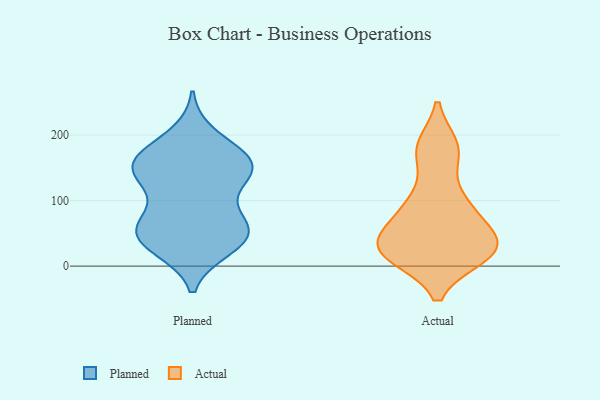
{"axis": {"x": "Inventory Turnover", "y": "Value"}, "legend": ["Actual", "Planned"], "data": [{"x": "", "y": 57, "type": "Planned"}, {"x": "", "y": 34, "type": "Planned"}, {"x": "", "y": 158, "type": "Planned"}, {"x": "", "y": 167, "type": "Planned"}, {"x": "", "y": 166, "type": "Planned"}, {"x": "", "y": 127, "type": "Planned"}, {"x": "", "y": 41, "type": "Planned"}, {"x": "", "y": 70, "type": "Planned"}, {"x": "", "y": 142, "type": "Planned"}, {"x": "", "y": 158, "type": "Planned"}, {"x": "", "y": 140, "type": "Planned"}, {"x": "", "y": 144, "type": "Planned"}, {"x": "", "y": 71, "type": "Planned"}, {"x": "", "y": 29, "type": "Planned"}, {"x": "", "y": 45, "type": "Planned"}, {"x": "", "y": 198, "type": "Planned"}, {"x": "", "y": 57, "type": "Planned"}, {"x": "", "y": 174, "type": "Actual"}, {"x": "", "y": 28, "type": "Actual"}, {"x": "", "y": 16, "type": "Actual"}, {"x": "", "y": 59, "type": "Actual"}, {"x": "", "y": 91, "type": "Actual"}, {"x": "", "y": 33, "type": "Actual"}, {"x": "", "y": 29, "type": "Actual"}, {"x": "", "y": 182, "type": "Actual"}, {"x": "", "y": 19, "type": "Actual"}, {"x": "", "y": 97, "type": "Actual"}]}